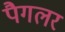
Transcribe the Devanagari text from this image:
पैगलर